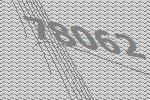
78062